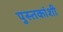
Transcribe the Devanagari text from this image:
पुस्तकांशी